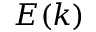
E ( k )